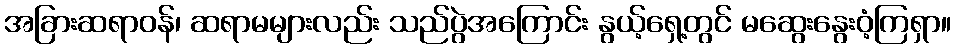
အခြားဆရာဝန်၊ ဆရာမများလည်း သည်ပွဲအကြောင်း နွယ့်ရှေ့တွင် မဆွေးနွေးဝံ့ကြရှာ။